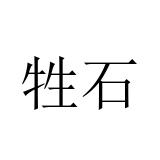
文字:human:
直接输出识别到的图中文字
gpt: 牲石